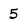
Character: 5